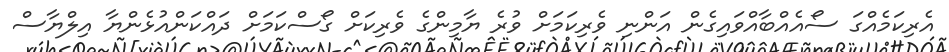
އެރިކަމެއްގަ ސޯއެއްބާއްވައިގެން އަންނި ވެރިކަމަށް ވުރެ ޔާމިންގެ ވެރިކަށް ގޯސްކަމަށް ދައްކަންއުޅެންޔާ އިލްޔާސް